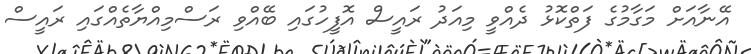
އޭނާއަށް މަގާމުގެ ފަތްކޮޅު ދެއްވީ މިއަދު ރައީސް އޮފީހުގައި ބޭއްވި ރަސްމިއްޔާތެއްގައި ރައީސް